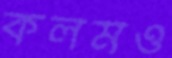
কলমও